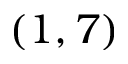
( 1 , 7 )